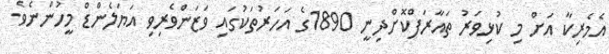
އެމެރިކާ އަށް މި ކުޅިވަރު ތައާރަފްކޮށްދިނީ 1890ގެ އަހަރުތަކުގައި ވަޒަންވެރިވި އަޔަލެންޑް މީހުންނެވެ.